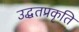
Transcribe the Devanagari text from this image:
उद्धतप्रकृति